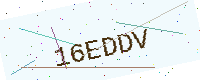
Text: 16EDDV